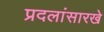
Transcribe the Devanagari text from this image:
प्रदलांसारखे